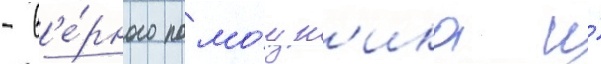
- в'е́рного помо́щн'ика и́